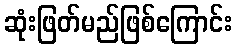
ဆုံးဖြတ်မည်ဖြစ်ကြောင်း